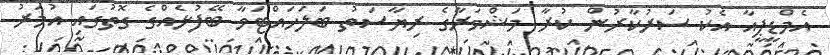
އެމްޑީޕީއާ އެކު ސަރުކާރުން ކުރާ މަޝްވަރާގެ ރިޔާސަތު ބަލަހައްޓަވާ ބޭފުޅެއްގެ ގޮތުގައި އުމަރު